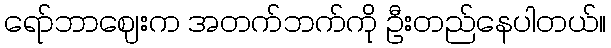
ရော်ဘာဈေးက အတက်ဘက်ကို ဦးတည်နေပါတယ်။